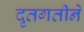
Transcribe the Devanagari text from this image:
दृतगतीने